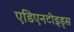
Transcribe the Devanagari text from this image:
एडिएनटोइड्स